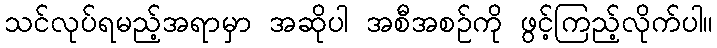
သင်လုပ်ရမည့်အရာမှာ အဆိုပါ အစီအစဉ်ကို ဖွင့်ကြည့်လိုက်ပါ။